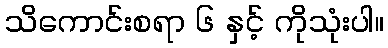
သိကောင်းစရာ ၆ နှင့် ကိုသုံးပါ။